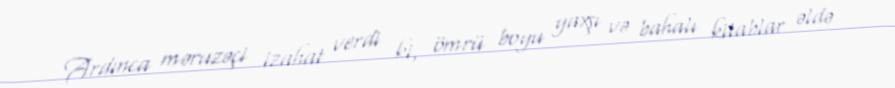
Ardınca məruzəçi izahat verdi ki, ömrü boyu yaxşı və bahalı kitablar əldə